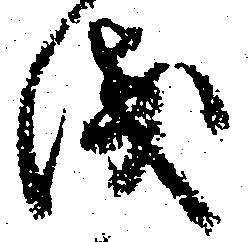
浅